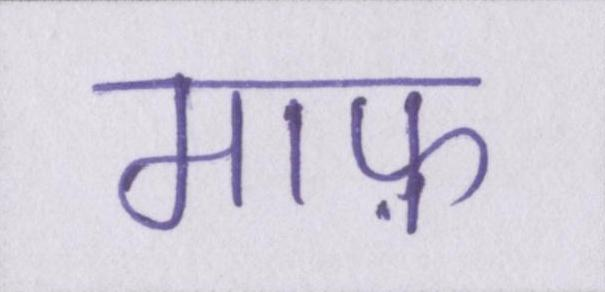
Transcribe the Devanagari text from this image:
माफ़